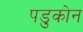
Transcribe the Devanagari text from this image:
पडुकोन